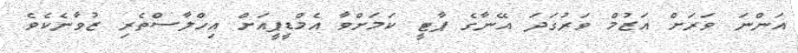
އަންނަ ވަރަށް އަޒުމް ވަރުގަދަ އޭނާގެ ޕާޓީ ކަމަށްވާ އެމްޑީޕީއަށް އިހްލާސްތެރި ޒުވާނެކެވެ.